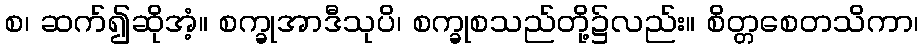
စ၊ ဆက်၍ဆိုအံ့။ စက္ခုအာဒီသုပိ၊ စက္ခုစသည်တို့၌လည်း။ စိတ္တစေတသိကာ၊